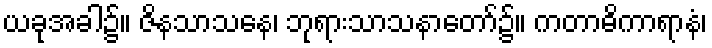
ယခုအခါ၌။ ဇိနသာသနေ၊ ဘုရားသာသနာတော်၌။ ကတာဓိကာရာနံ၊